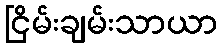
ငြိမ်းချမ်းသာယာ